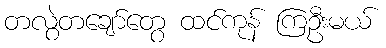
တလွဲတချော်တွေ ထင်ကုန် ကြဦးမယ်